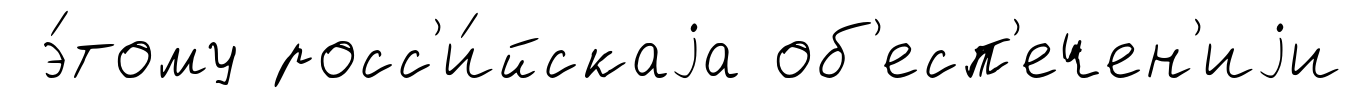
э́тому росс'и́йскаjа об'есп'ечен'иjи